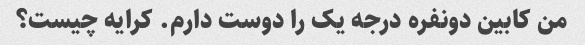
من کابین دونفره درجه یک را دوست دارم. کرایه چیست؟